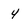
Character: 4